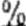
%